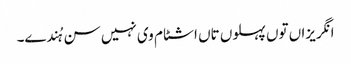
انگریزاں توں پہلوں تاں اشٹام وی نہیں سن ہُندے۔